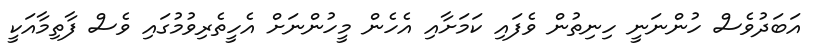
އަބަދުވެސް ހުންނަނީ ހިނިތުން ވެފައި ކަމަށާއި އެހެން މީހުންނަށް އެހީތެރިވުމުގައި ވެސް ފާތިމާއަކީ